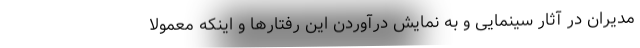
مدیران در آثار سینمایی و به نمایش درآوردن این رفتارها و اینکه معمولا